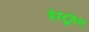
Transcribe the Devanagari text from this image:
इंस्ट्रुमेन्ट